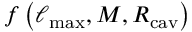
f \left( \ell _ { \mathrm { m a x } } , M , R _ { \mathrm { c a v } } \right)